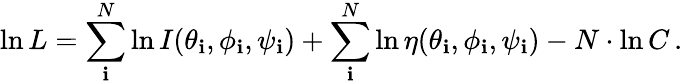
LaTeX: \ln{L}=\sum_{\mathbf{i}}^{N}\ln{I(\theta_{\mathbf{i}},\phi_{\mathbf{i}},\psi_{\mathbf{i}})}+\sum_{\mathbf{i}}^{N}\ln{\eta(\theta_{\mathbf{i}},\phi_{\mathbf{i}},\psi_{\mathbf{i}})}-N\cdot\ln{C}\, .